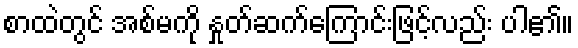
စာထဲတွင် အစ်မကို နှုတ်ဆက်ကြောင်းဖြင့်လည်း ပါ၏။